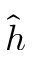
\hat { h }